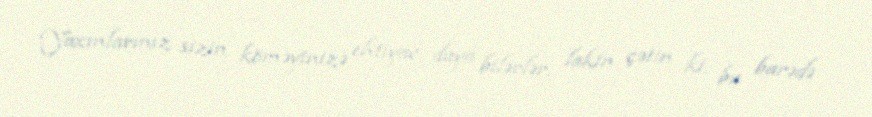
Yaxınlarınız sizin köməyinizə ehtiyac duya bilərlər, lakin çətin ki, bu barədə